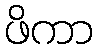
ဖိကာ